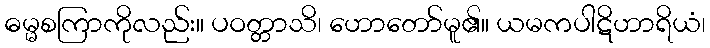
ဓမ္မစကြာကိုလည်း။ ပဝတ္တာသိ၊ ဟောတော်မူ၏။ ယမကပါဋိဟာရိယံ၊